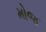
મોજ